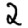
Digit: 2